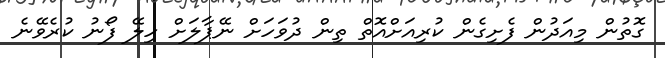
ގޮތުން މިއަދުން ފެށިގެން ކުރިއަށްއޮތް ތިން ދުވަހަށް ނޭޕާލަށް ހިލޭ ފޯނު ކުރެވޭނެ